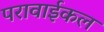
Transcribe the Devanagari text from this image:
परावाईकल